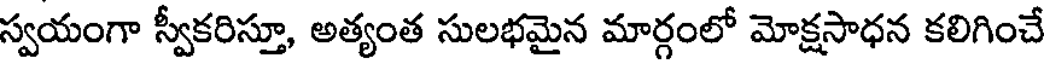
స్వయంగా స్వీకరిస్తూ, అత్యంత సులభమైన మార్గంలో మోక్షసాధన కలిగించే